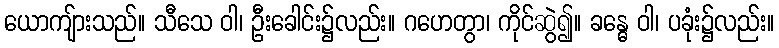
ယောကျ်ားသည်။ သီသေ ဝါ၊ ဦးခေါင်း၌လည်း။ ဂဟေတွာ၊ ကိုင်ဆွဲ၍။ ခန္ဓေ ဝါ၊ ပခုံး၌လည်း။